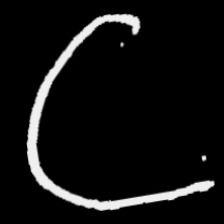
Pyu character \u2014 Myanmar letter: ဋ (romanized: tta)